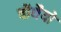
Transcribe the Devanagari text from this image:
चौथैयों